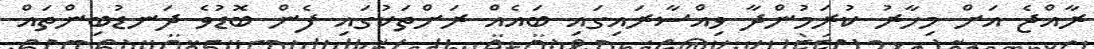
ރާއްޖެ އަށް މިހާރު ކުރަމުންދާ ވިއްސާރައިގައި ބައެއް ރަށްތަކުގައި ފެން ބޮޑުވެ ދަނޑުބިންތައް